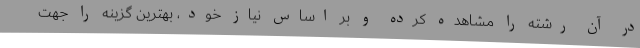
در آن رشته را مشاهده کرده و بر اساس نیاز خود، بهترین گزینه را جهت